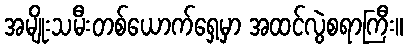
အမျိုးသမီးတစ်ယောက်ရှေ့မှာ အထင်လွဲစရာကြီး။